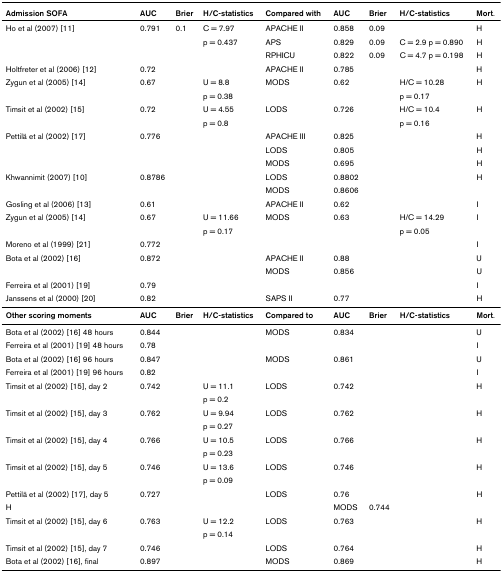
<table><thead><tr><td><b>Admission SOFA</b></td><td><b>AUC</b></td><td><b>Brier</b></td><td><b>H/C-statistics</b></td><td><b>Compared with</b></td><td><b>AUC</b></td><td><b>Brier</b></td><td><b>H/C-statistics</b></td><td><b>Mort.</b></td></tr></thead><tbody><tr><td>Ho et al (2007) [11]</td><td>0.791</td><td>0.1</td><td>C = 7.97</td><td>APACHE II</td><td>0.858</td><td>0.09</td><td></td><td>H</td></tr><tr><td></td><td></td><td></td><td>p = 0.437</td><td>APS</td><td>0.829</td><td>0.09</td><td>C = 2.9 p = 0.890</td><td>H</td></tr><tr><td></td><td></td><td></td><td></td><td>RPHICU</td><td>0.822</td><td>0.09</td><td>C = 4.7 p = 0.198</td><td>H</td></tr><tr><td>Holtfreter et al (2006) [12]</td><td>0.72</td><td></td><td></td><td>APACHE II</td><td>0.785</td><td></td><td></td><td>H</td></tr><tr><td>Zygun et al (2005) [14]</td><td>0.67</td><td></td><td>U = 8.8</td><td>MODS</td><td>0.62</td><td></td><td>H/C = 10.28</td><td>H</td></tr><tr><td></td><td></td><td></td><td>p = 0.38</td><td></td><td></td><td></td><td>p = 0.17</td><td></td></tr><tr><td>Timsit et al (2002) [15]</td><td>0.72</td><td></td><td>U = 4.55</td><td>LODS</td><td>0.726</td><td></td><td>H/C = 10.4</td><td>H</td></tr><tr><td></td><td></td><td></td><td>p = 0.8</td><td></td><td></td><td></td><td>p = 0.16</td><td></td></tr><tr><td>Pettilä et al (2002) [17]</td><td>0.776</td><td></td><td></td><td>APACHE III</td><td>0.825</td><td></td><td></td><td>H</td></tr><tr><td></td><td></td><td></td><td></td><td>LODS</td><td>0.805</td><td></td><td></td><td>H</td></tr><tr><td></td><td></td><td></td><td></td><td>MODS</td><td>0.695</td><td></td><td></td><td>H</td></tr><tr><td>Khwannimit (2007) [10]</td><td>0.8786</td><td></td><td></td><td>LODS</td><td>0.8802</td><td></td><td></td><td>H</td></tr><tr><td></td><td></td><td></td><td></td><td>MODS</td><td>0.8606</td><td></td><td></td><td></td></tr><tr><td>Gosling et al (2006) [13]</td><td>0.61</td><td></td><td></td><td>APACHE II</td><td>0.62</td><td></td><td></td><td>I</td></tr><tr><td>Zygun et al (2005) [14]</td><td>0.67</td><td></td><td>U = 11.66</td><td>MODS</td><td>0.63</td><td></td><td>H/C = 14.29</td><td>I</td></tr><tr><td></td><td></td><td></td><td>p = 0.17</td><td></td><td></td><td></td><td>p = 0.05</td><td></td></tr><tr><td>Moreno et al (1999) [21]</td><td>0.772</td><td></td><td></td><td></td><td></td><td></td><td></td><td>I</td></tr><tr><td>Bota et al (2002) [16]</td><td>0.872</td><td></td><td></td><td>APACHE II</td><td>0.88</td><td></td><td></td><td>U</td></tr><tr><td></td><td></td><td></td><td></td><td>MODS</td><td>0.856</td><td></td><td></td><td>U</td></tr><tr><td>Ferreira et al (2001) [19]</td><td>0.79</td><td></td><td></td><td></td><td></td><td></td><td></td><td>I</td></tr><tr><td>Janssens et al (2000) [20]</td><td>0.82</td><td></td><td></td><td>SAPS II</td><td>0.77</td><td></td><td></td><td>H</td></tr><tr><td><b>Other scoring moments</b></td><td><b>AUC</b></td><td><b>Brier</b></td><td><b>H/C-statistics</b></td><td><b>Compared to</b></td><td><b>AUC</b></td><td><b>Brier</b></td><td><b>H/C-statistics</b></td><td><b>Mort</b>.</td></tr><tr><td>Bota et al (2002) [16] 48 hours</td><td>0.844</td><td></td><td></td><td>MODS</td><td>0.834</td><td></td><td></td><td>U</td></tr><tr><td>Ferreira et al (2001) [19] 48 hours</td><td>0.78</td><td></td><td></td><td></td><td></td><td></td><td></td><td>I</td></tr><tr><td>Bota et al (2002) [16] 96 hours</td><td>0.847</td><td></td><td></td><td>MODS</td><td>0.861</td><td></td><td></td><td>U</td></tr><tr><td>Ferreira et al (2001) [19] 96 hours</td><td>0.82</td><td></td><td></td><td></td><td></td><td></td><td></td><td>I</td></tr><tr><td>Timsit et al (2002) [15], day 2</td><td>0.742</td><td></td><td>U = 11.1</td><td>LODS</td><td>0.742</td><td></td><td></td><td>H</td></tr><tr><td></td><td></td><td></td><td>p = 0.2</td><td></td><td></td><td></td><td></td><td></td></tr><tr><td>Timsit et al (2002) [15], day 3</td><td>0.762</td><td></td><td>U = 9.94</td><td>LODS</td><td>0.762</td><td></td><td></td><td>H</td></tr><tr><td></td><td></td><td></td><td>p = 0.27</td><td></td><td></td><td></td><td></td><td></td></tr><tr><td>Timsit et al (2002) [15], day 4</td><td>0.766</td><td></td><td>U = 10.5</td><td>LODS</td><td>0.766</td><td></td><td></td><td>H</td></tr><tr><td></td><td></td><td></td><td>p = 0.23</td><td></td><td></td><td></td><td></td><td></td></tr><tr><td>Timsit et al (2002) [15], day 5</td><td>0.746</td><td></td><td>U = 13.6</td><td>LODS</td><td>0.746</td><td></td><td></td><td>H</td></tr><tr><td></td><td></td><td></td><td>p = 0.09</td><td></td><td></td><td></td><td></td><td></td></tr><tr><td>Pettilä et al (2002) [17], day 5</td><td>0.727</td><td></td><td></td><td>LODS</td><td>0.76</td><td></td><td></td><td>H</td></tr><tr><td>H</td><td></td><td></td><td></td><td></td><td>MODS</td><td>0.744</td><td></td><td></td></tr><tr><td>Timsit et al (2002) [15], day 6</td><td>0.763</td><td></td><td>U = 12.2</td><td>LODS</td><td>0.763</td><td></td><td></td><td>H</td></tr><tr><td></td><td></td><td></td><td>p = 0.14</td><td></td><td></td><td></td><td></td><td></td></tr><tr><td>Timsit et al (2002) [15], day 7</td><td>0.746</td><td></td><td></td><td>LODS</td><td>0.764</td><td></td><td></td><td>H</td></tr><tr><td>Bota et al (2002) [16], final</td><td>0.897</td><td></td><td></td><td>MODS</td><td>0.869</td><td></td><td></td><td>H</td></tr></tbody></table>